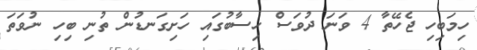
ހިމަބިހި ޖެހޭތާ 4 ވަނަ ދުވަސް ހިސާބުގައި ހަށިގަނޑުން ތުނި ބިހި ނުވަތަ